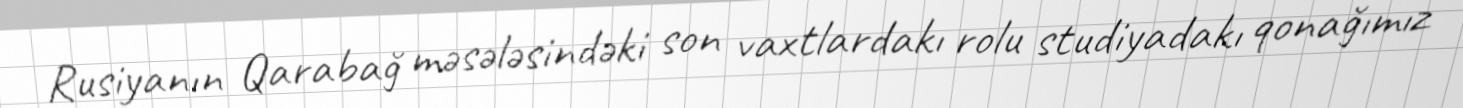
Rusiyanın Qarabağ məsələsindəki son vaxtlardakı rolu studiyadakı qonağımız